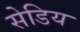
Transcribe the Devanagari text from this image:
सेडिय